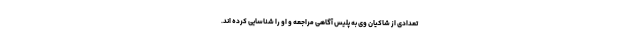
تعدادی از شاکیان وی به پلیس آگاهی مراجعه و او را شناسایی کرده اند.